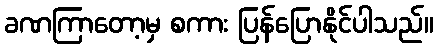
ခဏကြာတော့မှ စကား ပြန်ပြောနိုင်ပါသည်။